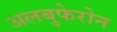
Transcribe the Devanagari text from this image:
अलबुफेरोन